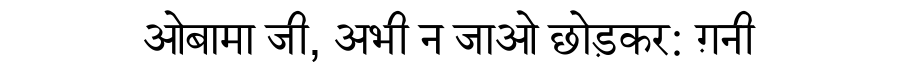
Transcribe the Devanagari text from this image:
ओबामा जी, अभी न जाओ छोड़कर: ग़नी